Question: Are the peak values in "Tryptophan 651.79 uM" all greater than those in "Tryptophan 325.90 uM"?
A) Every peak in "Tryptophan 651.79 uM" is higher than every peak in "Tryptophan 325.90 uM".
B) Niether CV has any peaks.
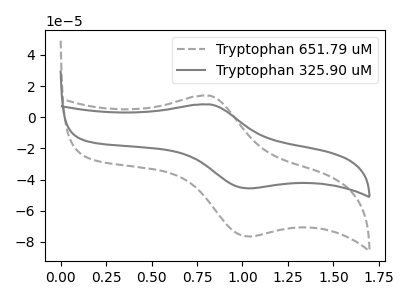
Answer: <think>The gray dashed curve "Tryptophan 651.79 uM" has an anodic peak at (0.80V, 13.75uA) and a cathodic peak at (1.05V, -76.45uA). The gray curve "Tryptophan 325.90 uM" has an anodic peak at (0.80V, 8.20uA) and a cathodic peak at (1.05V, -45.60uA).</think>
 <answer>A) Every peak in "Tryptophan 651.79 uM" is higher than every peak in "Tryptophan 325.90 uM".</answer>
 <eval>A</eval>